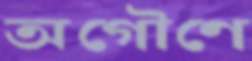
অগৌণে